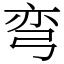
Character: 弯